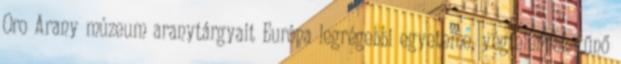
Oro Arany múzeum aranytárgyait Európa legrégebbi egyeteme, végtelennek tűnő